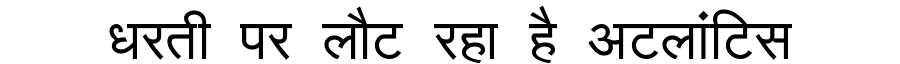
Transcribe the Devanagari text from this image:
धरती पर लौट रहा है अटलांटिस